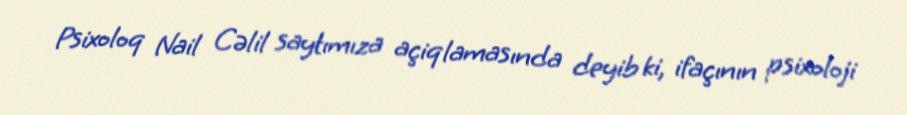
Psixoloq Nail Cəlil saytımıza açiqlamasında deyib ki, ifaçının psixoloji